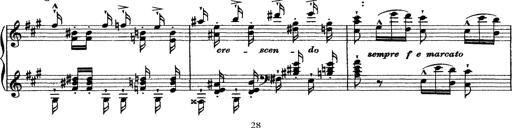
Title: Grande fantasie di bravura sur La clochette
Composer: Franz Liszt
Key: A minor